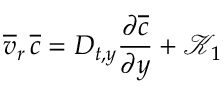
\overline { { v } } _ { r } \, \overline { { c } } = D _ { t , y } \frac { \partial \overline { { c } } } { \partial y } + \mathcal { K } _ { 1 }